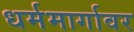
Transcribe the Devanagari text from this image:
धर्ममार्गावर